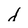
Character: d